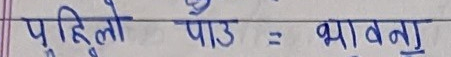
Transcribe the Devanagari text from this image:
पहिलो पाठ = भावना